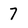
Character: 7